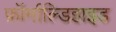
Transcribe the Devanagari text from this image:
फ़ॉर्माल्डिहाइड